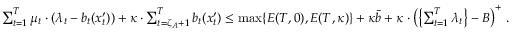
\begin{array} { r } { \sum _ { t = 1 } ^ { T } \mu _ { t } \cdot ( \lambda _ { t } - b _ { t } ( x _ { t } ^ { \prime } ) ) + \kappa \cdot \sum _ { t = \zeta _ { A } + 1 } ^ { T } b _ { t } ( x _ { t } ^ { \prime } ) \leq \operatorname* { m a x } \{ E ( T , 0 ) , E ( T , \kappa ) \} + \kappa \bar { b } + \kappa \cdot \left( \left\{ \sum _ { t = 1 } ^ { T } \lambda _ { t } \right\} - B \right) ^ { + } \, . } \end{array}